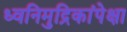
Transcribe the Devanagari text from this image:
ध्वनिमुद्रिकांपेक्षा